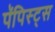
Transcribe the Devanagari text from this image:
पॅपिस्ट्स